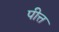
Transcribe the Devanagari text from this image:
पीत्त